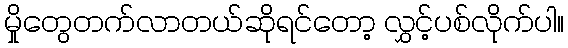
မှိုတွေတက်လာတယ်ဆိုရင်တော့ လွှင့်ပစ်လိုက်ပါ။